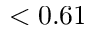
< 0 . 6 1